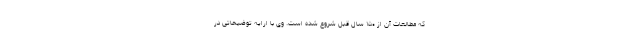
که مطالعات آن از ۱۵۰ سال قبل شروع شده است. وی با ارایه توضیحاتی در